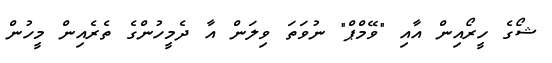
ޝޯގެ ހީރޯއިން އާއި "ވޭމްޕް" ނުވަތަ ވިލަން އާ ދެމީހުންގެ ތެރެއިން މީހުން